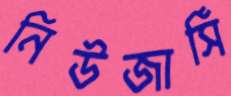
নিউজার্সি